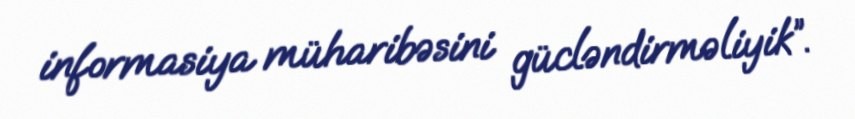
informasiya müharibəsini gücləndirməliyik”.